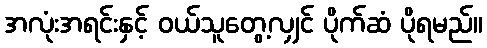
အလုံးအရင်းနှင့် ဝယ်သူတွေ့လျှင် ပိုက်ဆံ ပိုရမည်။